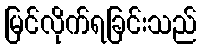
မြင်လိုက်ရခြင်းသည်